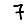
Digit: 7